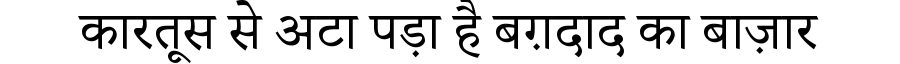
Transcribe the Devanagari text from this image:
कारतूस से अटा पड़ा है बग़दाद का बाज़ार